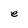
Character: e